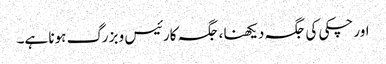
اور چکی کی جگہ دیکھنا ، جگہ کارئیس و بزرگ ہونا ہے۔